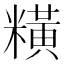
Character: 䊣